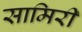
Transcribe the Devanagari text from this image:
सामिरी